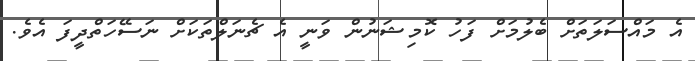
އެ މައްސަލަތަށް ބެލުމަށް ފަހު ކޮމިޝަނުން ވަނީ އެ ޗެނަލްތަކަށް ނަސޭހަތްދީފަ އެވެ.